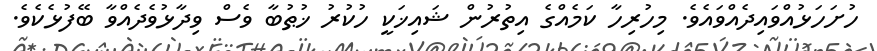
ހުށަހަޅުއްވައިދެއްވައެވެ. މިހުރިހާ ކަމެއްގެ އިތުރުން ޝައިޚަކީ ހުކުރު ޚުޠުބާ ވެސް ވިދާޅުވެދެއްވާ ބޭފުޅެކެވެ.